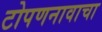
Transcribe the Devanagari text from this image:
टोपणनावाचा